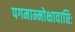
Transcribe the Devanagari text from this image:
पगमान्मोक्षावाप्तिः